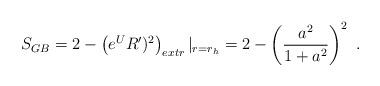
LaTeX: \begin{align*}S_{GB} = 2 - \left(e^{U} R')^2\right)_{extr}|_{r=r_h} = 2 -\left({a^2\over1+a^2}\right)^2 \ .\end{align*}